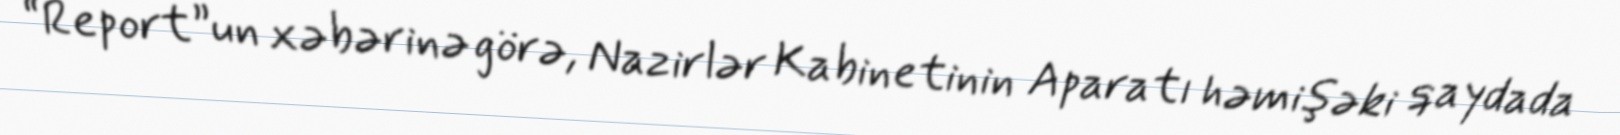
“Report”un xəbərinə görə, Nazirlər Kabinetinin Aparatı həmişəki qaydada